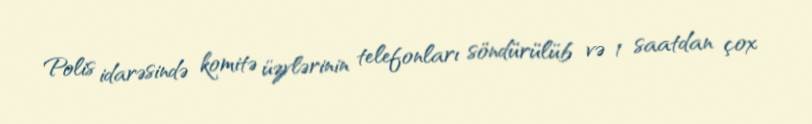
Polis idarəsində komitə üzvlərinin telefonları söndürülüb və 1 saatdan çox